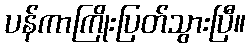
ပန်ကာကြိုးပြတ်သွားပြီ။